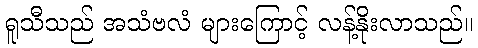
ရူသီသည် အသံဗလံ များကြောင့် လန့်နိုးလာသည်။